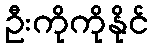
ဦးကိုကိုနိုင်